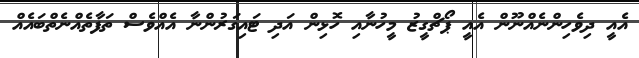
އެއީ ދިވެހިންނެއްނޫން އެއީ ޕޯޗްގީޒު މީހުނާއި ހޮޅިން އަދި ޓައިގަރުންނާ އެއްވެސް ތަފާތެއްނެތްބައެއް